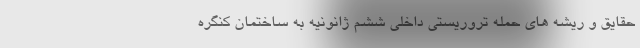
حقایق و ریشه‌ های حمله تروریستی داخلی ششم ژانونیه به ساختمان کنگره